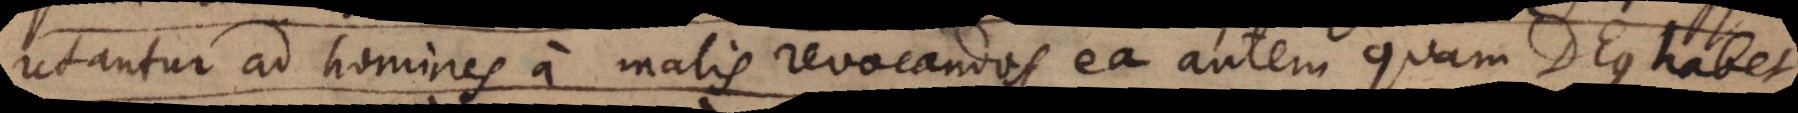
utantur ad homines a malis revocandos, ea autem quam Deus habet